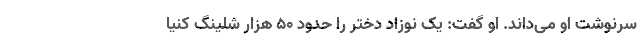
سرنوشت او می‌داند. او گفت: یک نوزاد دختر را حدود 50 هزار شلینگ کنیا